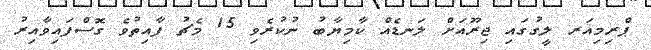
ޕްރިމިއަރ ލީގުގައި ޖިރޫއަށް ލަނޑެއް ކާމިޔާބު ނުކުރެވި 15 މެޗު ފާއިތުވެ ގޮސްފައިވާއިރު